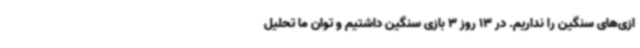
ازی‌های سنگین را نداریم. در 13 روز 3 بازی سنگین داشتیم و توان ما تحلیل